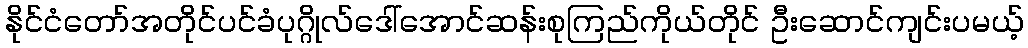
နိုင်ငံတော်အတိုင်ပင်ခံပုဂ္ဂိုလ်ဒေါ်အောင်ဆန်းစုကြည်ကိုယ်တိုင် ဦးဆောင်ကျင်းပမယ့်